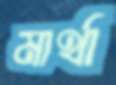
মার্থা